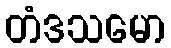
တံဒသမော